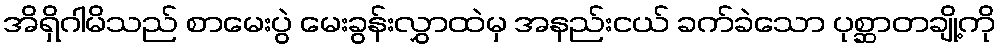
အိရှိဂါမိသည် စာမေးပွဲ မေးခွန်းလွှာထဲမှ အနည်းငယ် ခက်ခဲသော ပုစ္ဆာတချို့ကို